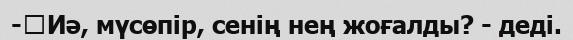
-	Иә, мүсөпір, сенің нең жоғалды? - деді.